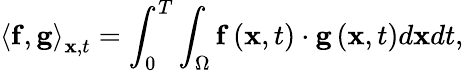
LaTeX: {\left\langle{{\mathbf{f}},{\mathbf{g}}}\right\rangle_{{\mathbf{x}},t}}=\int_{0}^{T}{\int_{\Omega}{{\mathbf{f}}\left({{\mathbf{x}},t}\right)\cdot{\mathbf{g}}\left({{\mathbf{x}},t}\right)d{\mathbf{x}}dt}},